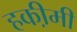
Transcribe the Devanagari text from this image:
हकी़मी